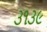
૩૧૩૯